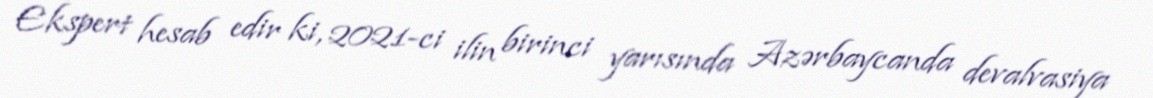
Ekspert hesab edir ki, 2021-ci ilin birinci yarısında Azərbaycanda devalvasiya